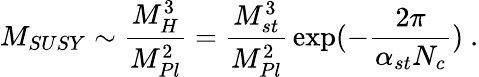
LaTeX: M_{SUSY}\sim{\frac{M_{H}^{3}}{M_{Pl}^{2}}}={\frac{M_{st}^{3}}{M_{Pl}^{2}}}\exp(-{\frac{2\pi}{\alpha_{st}N_{c}}})~.